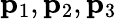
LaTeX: {\mathbf p}_{1},{\mathbf p}_{2},{\mathbf p}_{3}